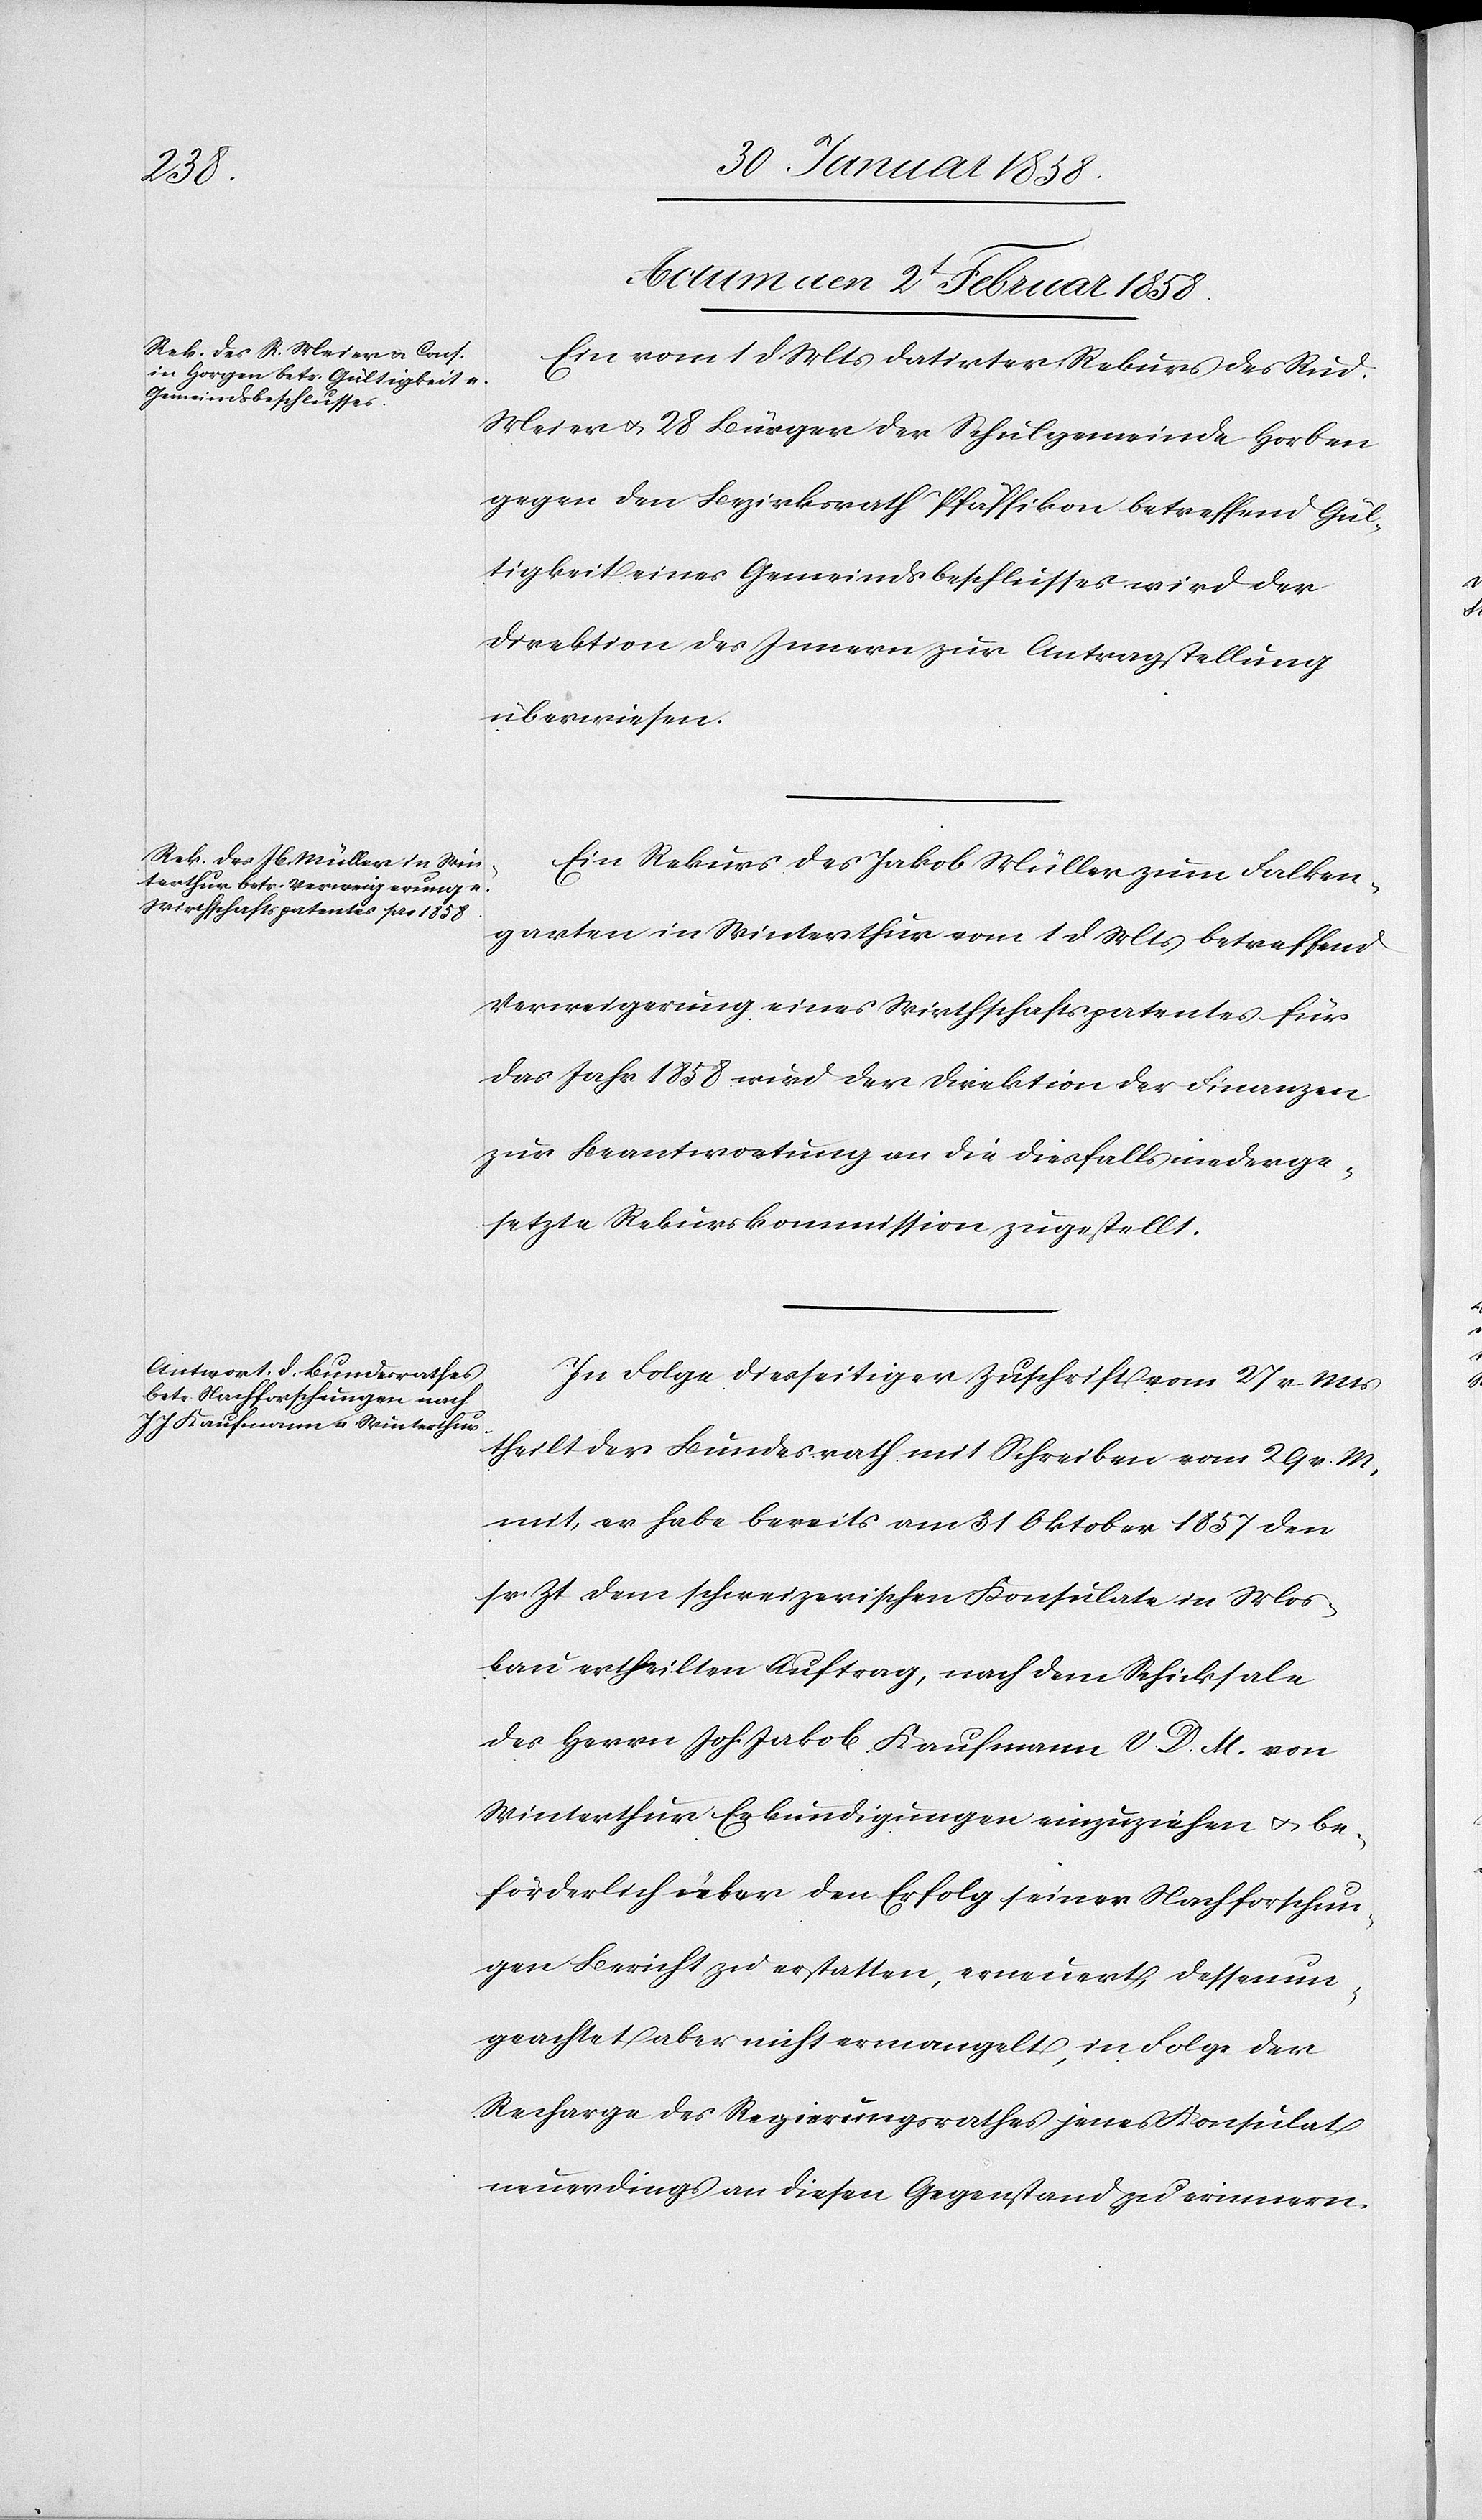
Actum den 2t Februar 1858.]
Ein vom 1 d Mts datirter Rekurs des Rud.
Meier u. 28 Bürger der Schulgemeinde Horben
gegen den Bezirksrath Pfäffikon betreffend Gül¬
tigkeit eines Gemeindsbeschlusses wird der
Direktion des Innern zur Antragstellung
überwiesen.
Ein Rekurs des Jakob Müller zum Falken¬
garten in Winterthur vom 1 d Mts betreffend
Verweigerung eines Wirthschaftspatentes für
das Jahr 1858 wird der Direktion der Finanzen
zur Beantwortung an die diesfalls niederge¬
setzte Rekurskommission zugestellt.
In Folge diesseitiger Zuschrift vom 27 v. Mts
theilt der Bundesrath mit Schreiben vom 29 v. M.
mit, er habe bereits am 31 Oktober 1857 den
sr. Zt dem schweizerischen Konsulate in Mos¬
kau ertheilten Auftrag, nach dem Schicksale
des Herrn Joh. Jakob Kaufmann V. D. M. von
Winterthur Erkundigungen einzuziehen u. be¬
förderlich über den Erfolg seiner Nachforschun¬
gen Bericht zu erstatteten, erneuert, dessenun¬
geachtet aber nicht ermangelt, in Folge der
Recharge des Regierungsrathes jenes Konsulat
neuerdings an diesen Gegenstand zu erinnern.